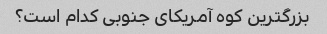
بزرگترین کوه آمریکای جنوبی کدام است؟